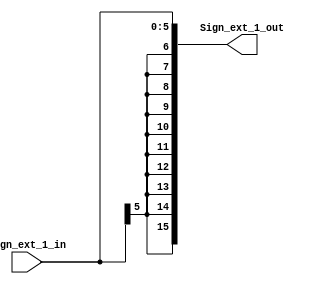
`timescale 1ns / 1ps
module Sign_ext_1(
    Sign_ext_1_in,
    Sign_ext_1_out
    );
    
    parameter N=16;
    parameter M=6;
    
    input [M-1:0] Sign_ext_1_in;
    
    output [N-1:0] Sign_ext_1_out;
    
    assign  Sign_ext_1_out[M-1:0] =  Sign_ext_1_in [M-1:0];
    assign Sign_ext_1_out [N-1:M] = {10{Sign_ext_1_in [M-1]}};
endmodule